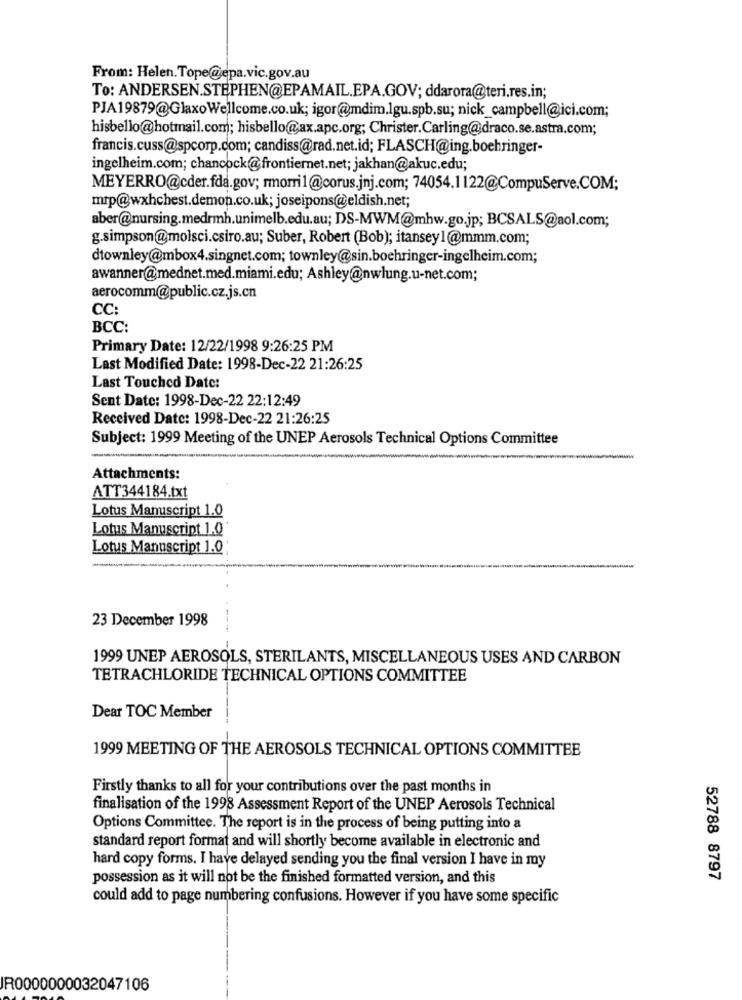
From: Helen. Tope@epa.vic.gov.au
To: ANDERSEN.STEPHEN@EPAMAIL.EPA.GOV; ddarora@teri.res.in;
PJA19879@GlaxoWellcome.co.uk; igor@mdim.lgu.spb.su; nick_campbell@ici.com;
hisbello@hotmail.com; hisbello@ax.apc.org; Christer.Carling@draco.se.astra.com;
francis.cuss@spcorp.com; candiss@rad.net.id; FLASCH@ing.boehringer-
ingelheim.com; chancock@frontiernet.net; jakhan@akuc.edu;
MEYERRO@cder.fda.gov; rmorri1@corus.jnj.com; 74054.1122@CompuServe.COM;
mrp@wxhchest.demon.co.uk; joseipons@eldish.net;
aber@nursing.medrmh.unimelb.edu.au; DS-MWM@mhw.go.jp; BCSALS@aol.com;
g.simpson@molsci.csiro.au; Suber, Robert (Bob); itansey1@mmm.com;
dtownley@mbox4.singnet.com; townley@sin.boehringer-ingelheim.com;
awanner@mednet.med.miami.edu; Ashley@nwlung.u-net.com;
aerocomm@public.cz.js.cn
CC:
BCC:
Primary Date: 12/22/1998 9:26:25 PM
Last Modified Date: 1998-Dec-22 21:26:25
Last Touched Date:
Sent Date: 1998-Dec-22 22:12:49
Received Date: 1998-Dec-22 21:26:25
Subject: 1999 Meeting of the UNEP Aerosols Technical Options Committee
Attachments:
ATT344184.txt
Lotus Manuscript 1.0
Lotus Manuscript 1.0'
Lotus Manuscript 1.0
-
23 December 1998
1999 UNEP AEROSOLS, STERILANTS, MISCELLANEOUS USES AND CARBON
TETRACHLORIDE TECHNICAL OPTIONS COMMITTEE
Dear TOC Member
1999 MEETING OF THE AEROSOLS TECHNICAL OPTIONS COMMITTEE
Firstly thanks to all for your contributions over the past months in
finalisation of the 1998 Assessment Report of the UNEP Aerosols Technical
Options Committee. The report is in the process of being putting into a
standard report format and will shortly become available in electronic and
hard copy forms. I have delayed sending you the final version I have in my
possession as it will not be the finished formatted version, and this
52788 8797
could add to page numbering confusions. However if you have some specific
R0000000032047106